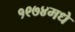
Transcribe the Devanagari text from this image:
१९७४मधे